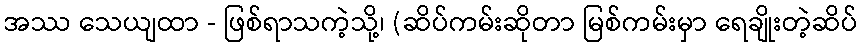
အဿ သေယျထာ - ဖြစ်ရာသကဲ့သို့၊ (ဆိပ်ကမ်းဆိုတာ မြစ်ကမ်းမှာ ရေချိုးတဲ့ဆိပ်